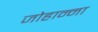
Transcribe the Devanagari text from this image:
जोहान्ना